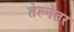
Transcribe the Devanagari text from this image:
तेल्नेतर